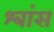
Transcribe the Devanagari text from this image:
श्‍वांस